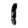
Digit: 1